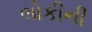
લોકીની